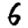
Digit: 6